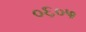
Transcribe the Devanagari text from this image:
०६०५